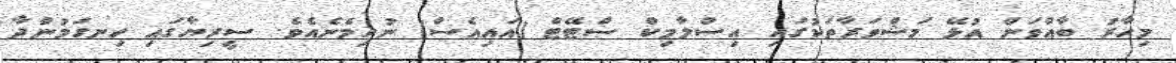
މިހާރު ބާއްވަން އުުޅޭ މަޝްވަރާތަކުގައި އިސްލާމިކް ސްޓޭޓް (އައިއެސް) ނުހިމެނެއެވެ. ސީރިޔާގައި ހިނގަމުންދާ